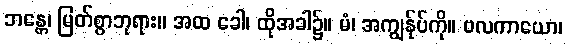
ဘန္တေ၊ မြတ်စွာဘုရား။ အထ ခေါ၊ ထိုအခါ၌။ မံ၊ အကျွန်ုပ်ကို။ ဗလကာယော၊